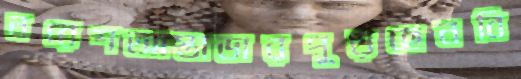
নরেশআস্তাডারপুড়ছেনবি